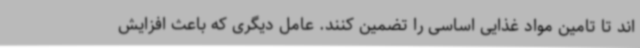
اند تا تامین مواد غذایی اساسی را تضمین کنند. عامل دیگری که باعث افزایش